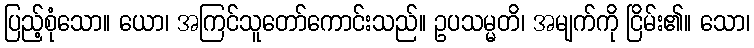
ပြည့်စုံသော။ ယော၊ အကြင်သူတော်ကောင်းသည်။ ဥပသမ္မတိ၊ အမျက်ကို ငြိမ်း၏။ သော၊